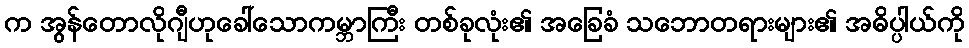
က အွန်တောလိုဂျီဟုခေါ်သောကမ္ဘာကြီး တစ်ခုလုံး၏ အခြေခံ သဘောတရားများ၏ အဓိပ္ပါယ်ကို